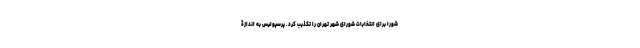
شورا برای انتخابات شورای شهر تهران را تکذیب کرد. پرسپولیس به اندازۀ